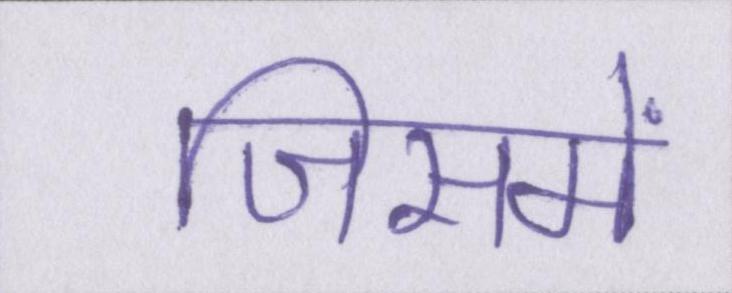
जिसमें